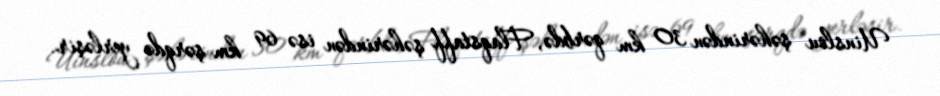
Uinslou şəhərindən 30 km qərbdə, Flaqstaff şəhərindən isə 69 km şərqdə yerləşir.